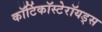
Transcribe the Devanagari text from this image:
कॉर्टिकॉस्टेरॉयड्स